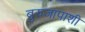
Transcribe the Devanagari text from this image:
बुरुजापाशी